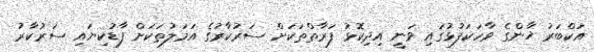
އަކްބަރު ޚާންގެ ވާހަކަފުޅުގައި ވަނީ އިދިކޮޅު ފަރާތްތަކަށް ސަރުކާރުގެ އަމަލުތަކަށް ފާޑުކިޔައި ސަރުކާރު